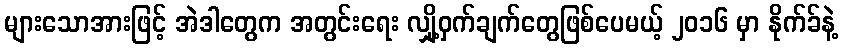
များသောအားဖြင့် အဲဒါတွေက အတွင်းရေး လျှို့ဝှက်ချက်တွေဖြစ်ပေမယ့် ၂၀၁၆ မှာ နိုက်ခ်နဲ့